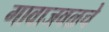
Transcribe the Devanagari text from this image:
गावाजवळचे